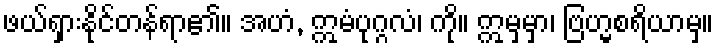
ဖယ်ရှားနိုင်တန်ရာ၏။ အဟံ, ဣမံပုဂ္ဂလံ၊ ကို။ ဣမှမှာ၊ ဗြဟ္မစရိယာမှ။